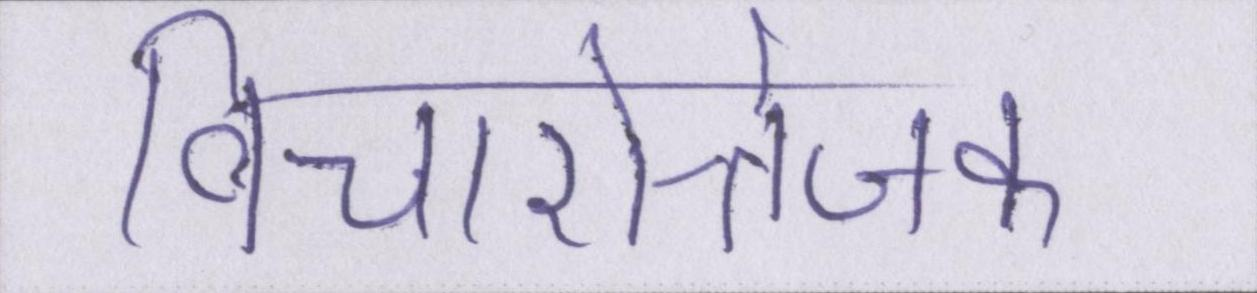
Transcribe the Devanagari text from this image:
विचारोत्तेजक